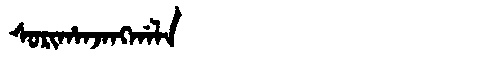
Manchu: ᠰᠣᡵᡳᡥᠠᠨᠵᠠᠩᡤᠠᠯᠠ
Romanization: SORIHANJANGGALA